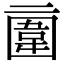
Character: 𠄿